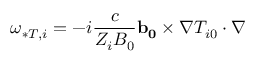
\omega _ { * T , i } = - i \frac { c } { Z _ { i } B _ { 0 } } \mathbf { b _ { 0 } } \times \nabla T _ { i 0 } \cdot \nabla